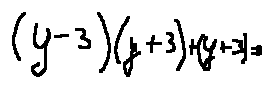
( y - 3 ) ( y + 3 ) + ( y + 3 ) = 0